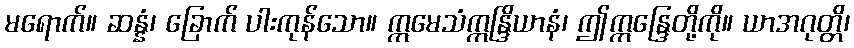
မရောက်။ ဆန္နံ၊ ခြောက် ပါးကုန်သော။ ဣမေသံဣန္ဒြိယာနံ၊ ဤဣန္ဒြေတို့ကို။ ယာအဂုတ္တိ၊